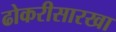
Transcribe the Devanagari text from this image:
ढोकरीसारखा